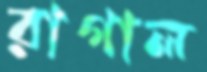
রাগাল